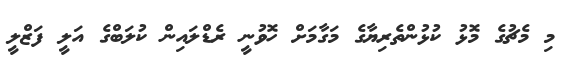
މި މެޗުގެ މޮޅު ކުޅުންތެރިޔާގެ މަގާމަށް ހޮވުނީ ރެޑްލައިން ކުލަބްގެ އަލީ ފަޒްލީ